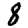
Digit: 8